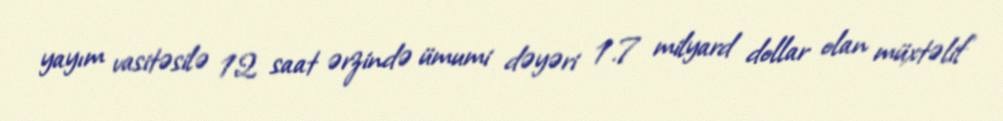
yayım vasitəsilə 12 saat ərzində ümumi dəyəri 1.7 milyard dollar olan müxtəlif